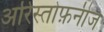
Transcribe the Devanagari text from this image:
अरिस्तोफ़नीज